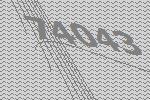
74043